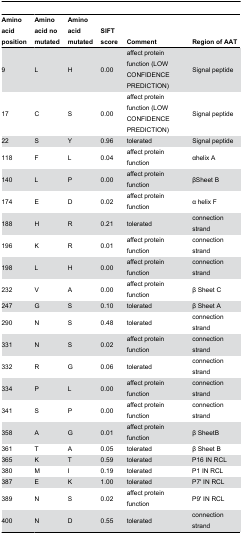
<table><thead><tr><td><b>Amino acid position</b></td><td><b>Amino acid no mutated</b></td><td><b>Amino acid mutated</b></td><td><b>SIFT score</b></td><td><b>Comment</b></td><td><b>Region of AAT</b></td></tr></thead><tbody><tr><td>9</td><td>L</td><td>H</td><td>0.00</td><td>affect protein function (LOW CONFIDENCE PREDICTION)</td><td>Signal peptide</td></tr><tr><td>17</td><td>C</td><td>S</td><td>0.00</td><td>affect protein function (LOW CONFIDENCE PREDICTION)</td><td>Signal peptide</td></tr><tr><td>22</td><td>S</td><td>Y</td><td>0.96</td><td>tolerated</td><td>Signal peptide</td></tr><tr><td>118</td><td>F</td><td>L</td><td>0.04</td><td>affect protein function</td><td>αhelix A</td></tr><tr><td>140</td><td>L</td><td>P</td><td>0.00</td><td>affect protein function</td><td>βSheet B</td></tr><tr><td>174</td><td>E</td><td>D</td><td>0.02</td><td>affect protein function</td><td>α helix F</td></tr><tr><td>188</td><td>H</td><td>R</td><td>0.21</td><td>tolerated</td><td>connection strand</td></tr><tr><td>196</td><td>K</td><td>R</td><td>0.01</td><td>affect protein function</td><td>connection strand</td></tr><tr><td>198</td><td>L</td><td>H</td><td>0.00</td><td>affect protein function</td><td>connection strand</td></tr><tr><td>232</td><td>V</td><td>A</td><td>0.00</td><td>affect protein function</td><td>β Sheet C</td></tr><tr><td>247</td><td>G</td><td>S</td><td>0.10</td><td>tolerated</td><td>β Sheet A</td></tr><tr><td>290</td><td>N</td><td>S</td><td>0.48</td><td>tolerated</td><td>connection strand</td></tr><tr><td>331</td><td>N</td><td>S</td><td>0.02</td><td>affect protein function</td><td>connection strand</td></tr><tr><td>332</td><td>R</td><td>G</td><td>0.06</td><td>tolerated</td><td>connection strand</td></tr><tr><td>334</td><td>P</td><td>L</td><td>0.00</td><td>affect protein function</td><td>connection strand</td></tr><tr><td>341</td><td>S</td><td>P</td><td>0.00</td><td>affect protein function</td><td>connection strand</td></tr><tr><td>358</td><td>A</td><td>G</td><td>0.01</td><td>affect protein function</td><td>β SheetB</td></tr><tr><td>361</td><td>T</td><td>A</td><td>0.05</td><td>tolerated</td><td>β Sheet B</td></tr><tr><td>365</td><td>K</td><td>T</td><td>0.59</td><td>tolerated</td><td>P16 IN RCL</td></tr><tr><td>380</td><td>M</td><td>I</td><td>0.19</td><td>tolerated</td><td>P1 IN RCL</td></tr><tr><td>387</td><td>E</td><td>K</td><td>1.00</td><td>tolerated</td><td>P7&#x27; IN RCL</td></tr><tr><td>389</td><td>N</td><td>S</td><td>0.02</td><td>affect protein function</td><td>P9&#x27; IN RCL</td></tr><tr><td>400</td><td>N</td><td>D</td><td>0.55</td><td>tolerated</td><td>connection strand</td></tr></tbody></table>